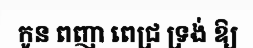
កូន ពញា ពេជ្រ ទ្រង់ ឱ្យ